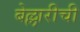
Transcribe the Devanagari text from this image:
बेल्लारीची